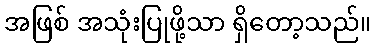
အဖြစ် အသုံးပြုဖို့သာ ရှိတော့သည်။